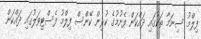
ފިލްމު ސިނަމާ ތަކުގައި ދައްކަން ފެށުމުގެ ކުރިން ކޭންސް ފިލްމު ފެސްޓިވަލުގައި ދައްކަން